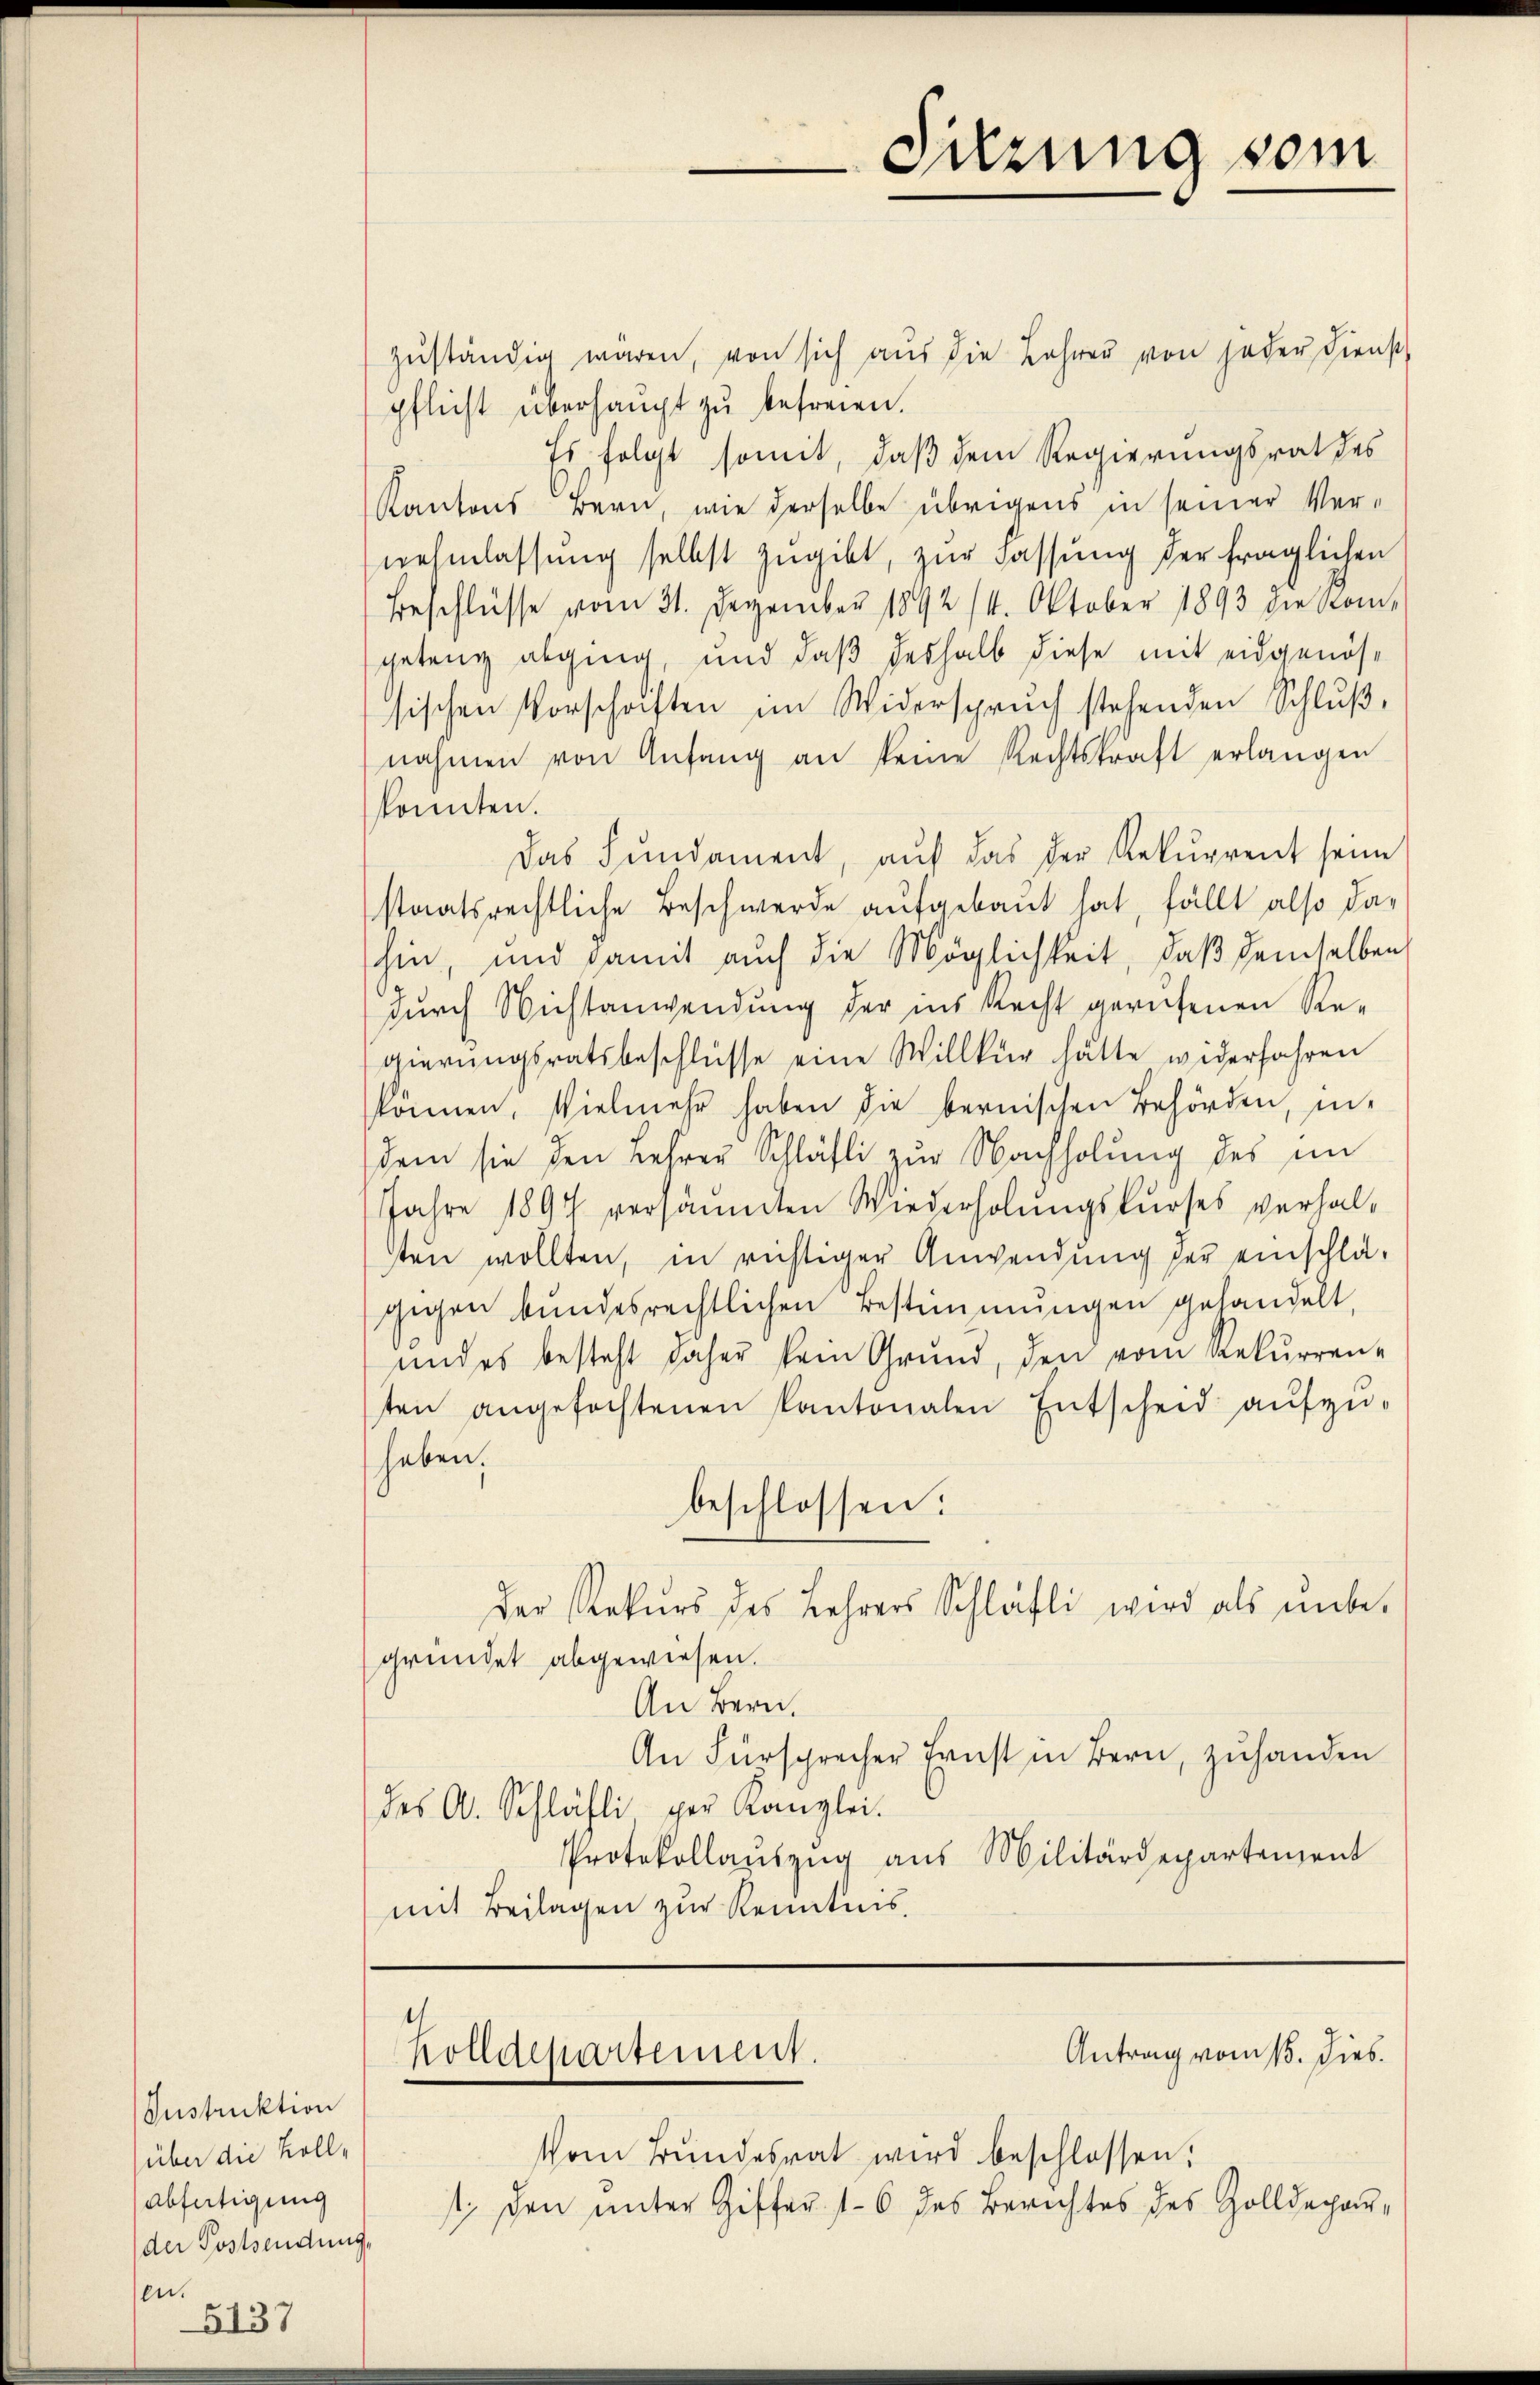
Instruktion
über die Voll¬
Abfertigung
der Postsendung,
sen.
5137

zŭständig wären, von sich aus die Jahren von jeder Dienst
pflicht überhaupt zu befreien.
Es folgt somit, daß dem Regierungsrat des
Kantons Bern, wie derselbe übrigens in seiner Ver-
nehmlassung selbst zugibt, zur Fassung der fraglichen
Beschlüsse vom 31. Dezember 1892 14. Oktober 1893 die Komgetanz abging, und daß deshalb diese mit eidgenössischen Vorschriften im Widerspruch stehenden Schluß,
nahmen von Anfang an keine Rechtskraft erlangen
konnten.
Das Fundament, auf das der Rekurrent seine
staatsrechtliche Beschwerde aufgebaut hat, fällt also dahin, und damit auch die Möglichkeit, daß demselben
durch Nichtanwendung der ins Recht gerufenen Re-
gierungsratsbeschlüsse eine Willkür hätte widerfahren
können, Vielmehr haben die bernischen Behörden, in-
dem sie den Lehrer Schläfli zŭr Nachholung des im
Jahre 1897 versäumten Wiederholungskurses verhalten wollten, in richtiger Anwendung der einschlägegen bundesrechtlichen Bestimmungen gehandelt,
und es besteht daher kein Grund, den vom Rekurren-
ten angefochtenen Kantonalen Entscheid aŭfzŭ-
haben.
beschlossen:
Der Rekŭrs des Lehrers Schläfli wird als ŭnbe-
gründet abgewiesen.
An Bern.
An Fürsprecher Ernst in Bern, zuhanden
des A. Schläfli per Kanzlei.
Protokollauszug aus Militärdepartement
mit Beilagen zur Kenntnis.

Vom Bundesrat wird beschlossen:
1; den ŭnter Giffer 16 des Berichtes des Zolldepar-

Sitzung vom

Antrag vom 15. dies
Holldepartement.